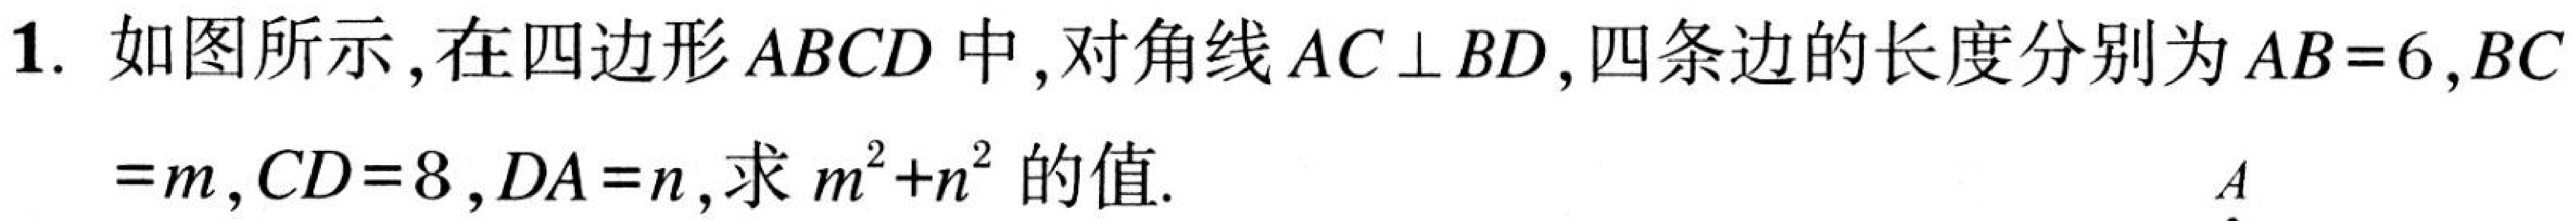
1. 如图所示，在四边形\(ABCD\)中，对角线\(AC\perp BD\)，四条边的长度分别为\(AB = 6\)，\(BC\)
\(=m\)，\(CD = 8\)，\(DA = n\)，求\(m^{2}+n^{2}\)的值.